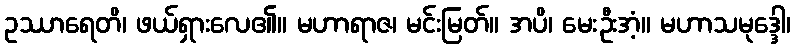
ဥဿာရေတိ၊ ဖယ်ရှားလေ၏။ မဟာရာဇ၊ မင်းမြတ်။ အပိ၊ မေးဦးအံ့။ မဟာသမုဒ္ဒေါ၊